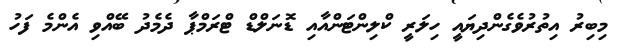
މިބިރު އިތުރުވެގެންދިޔައީ ހިލަރީ ކްލިންޓަންއާއި ޑޮނަލްޑް ޓްރަމްޕާ ދެމެދު ބޭއްވި އެންމެ ފަހު